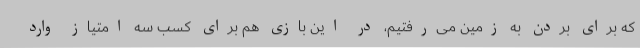
که برای بردن به زمین می‌رفتیم، در این بازی هم برای کسب سه امتیاز وارد